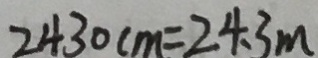
2 4 3 0 c m = 2 4 . 3 m